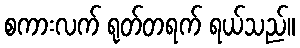
စကားလက် ရုတ်တရက် ရယ်သည်။